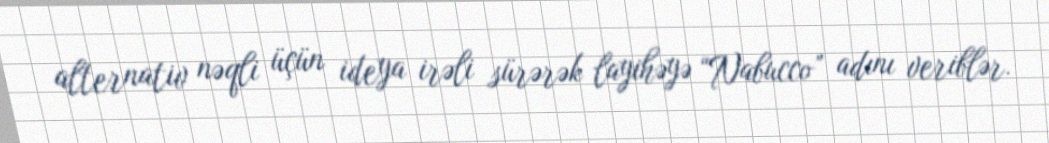
alternativ nəqli üçün ideya irəli sürərək layihəyə “Nabucco” adını veriblər.